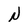
Character: N